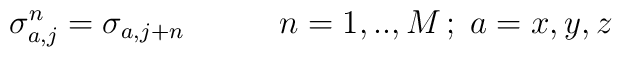
\sigma_{a,j}^{n}=\sigma_{a,j+n}   \hspace{12mm} n=1,..,M \,; \; a=x,y,z